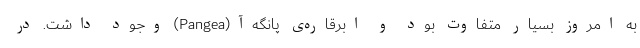
به امروز بسیار متفاوت بود و ابرقاره‌ی پانگه‌آ(Pangea) وجود داشت. در